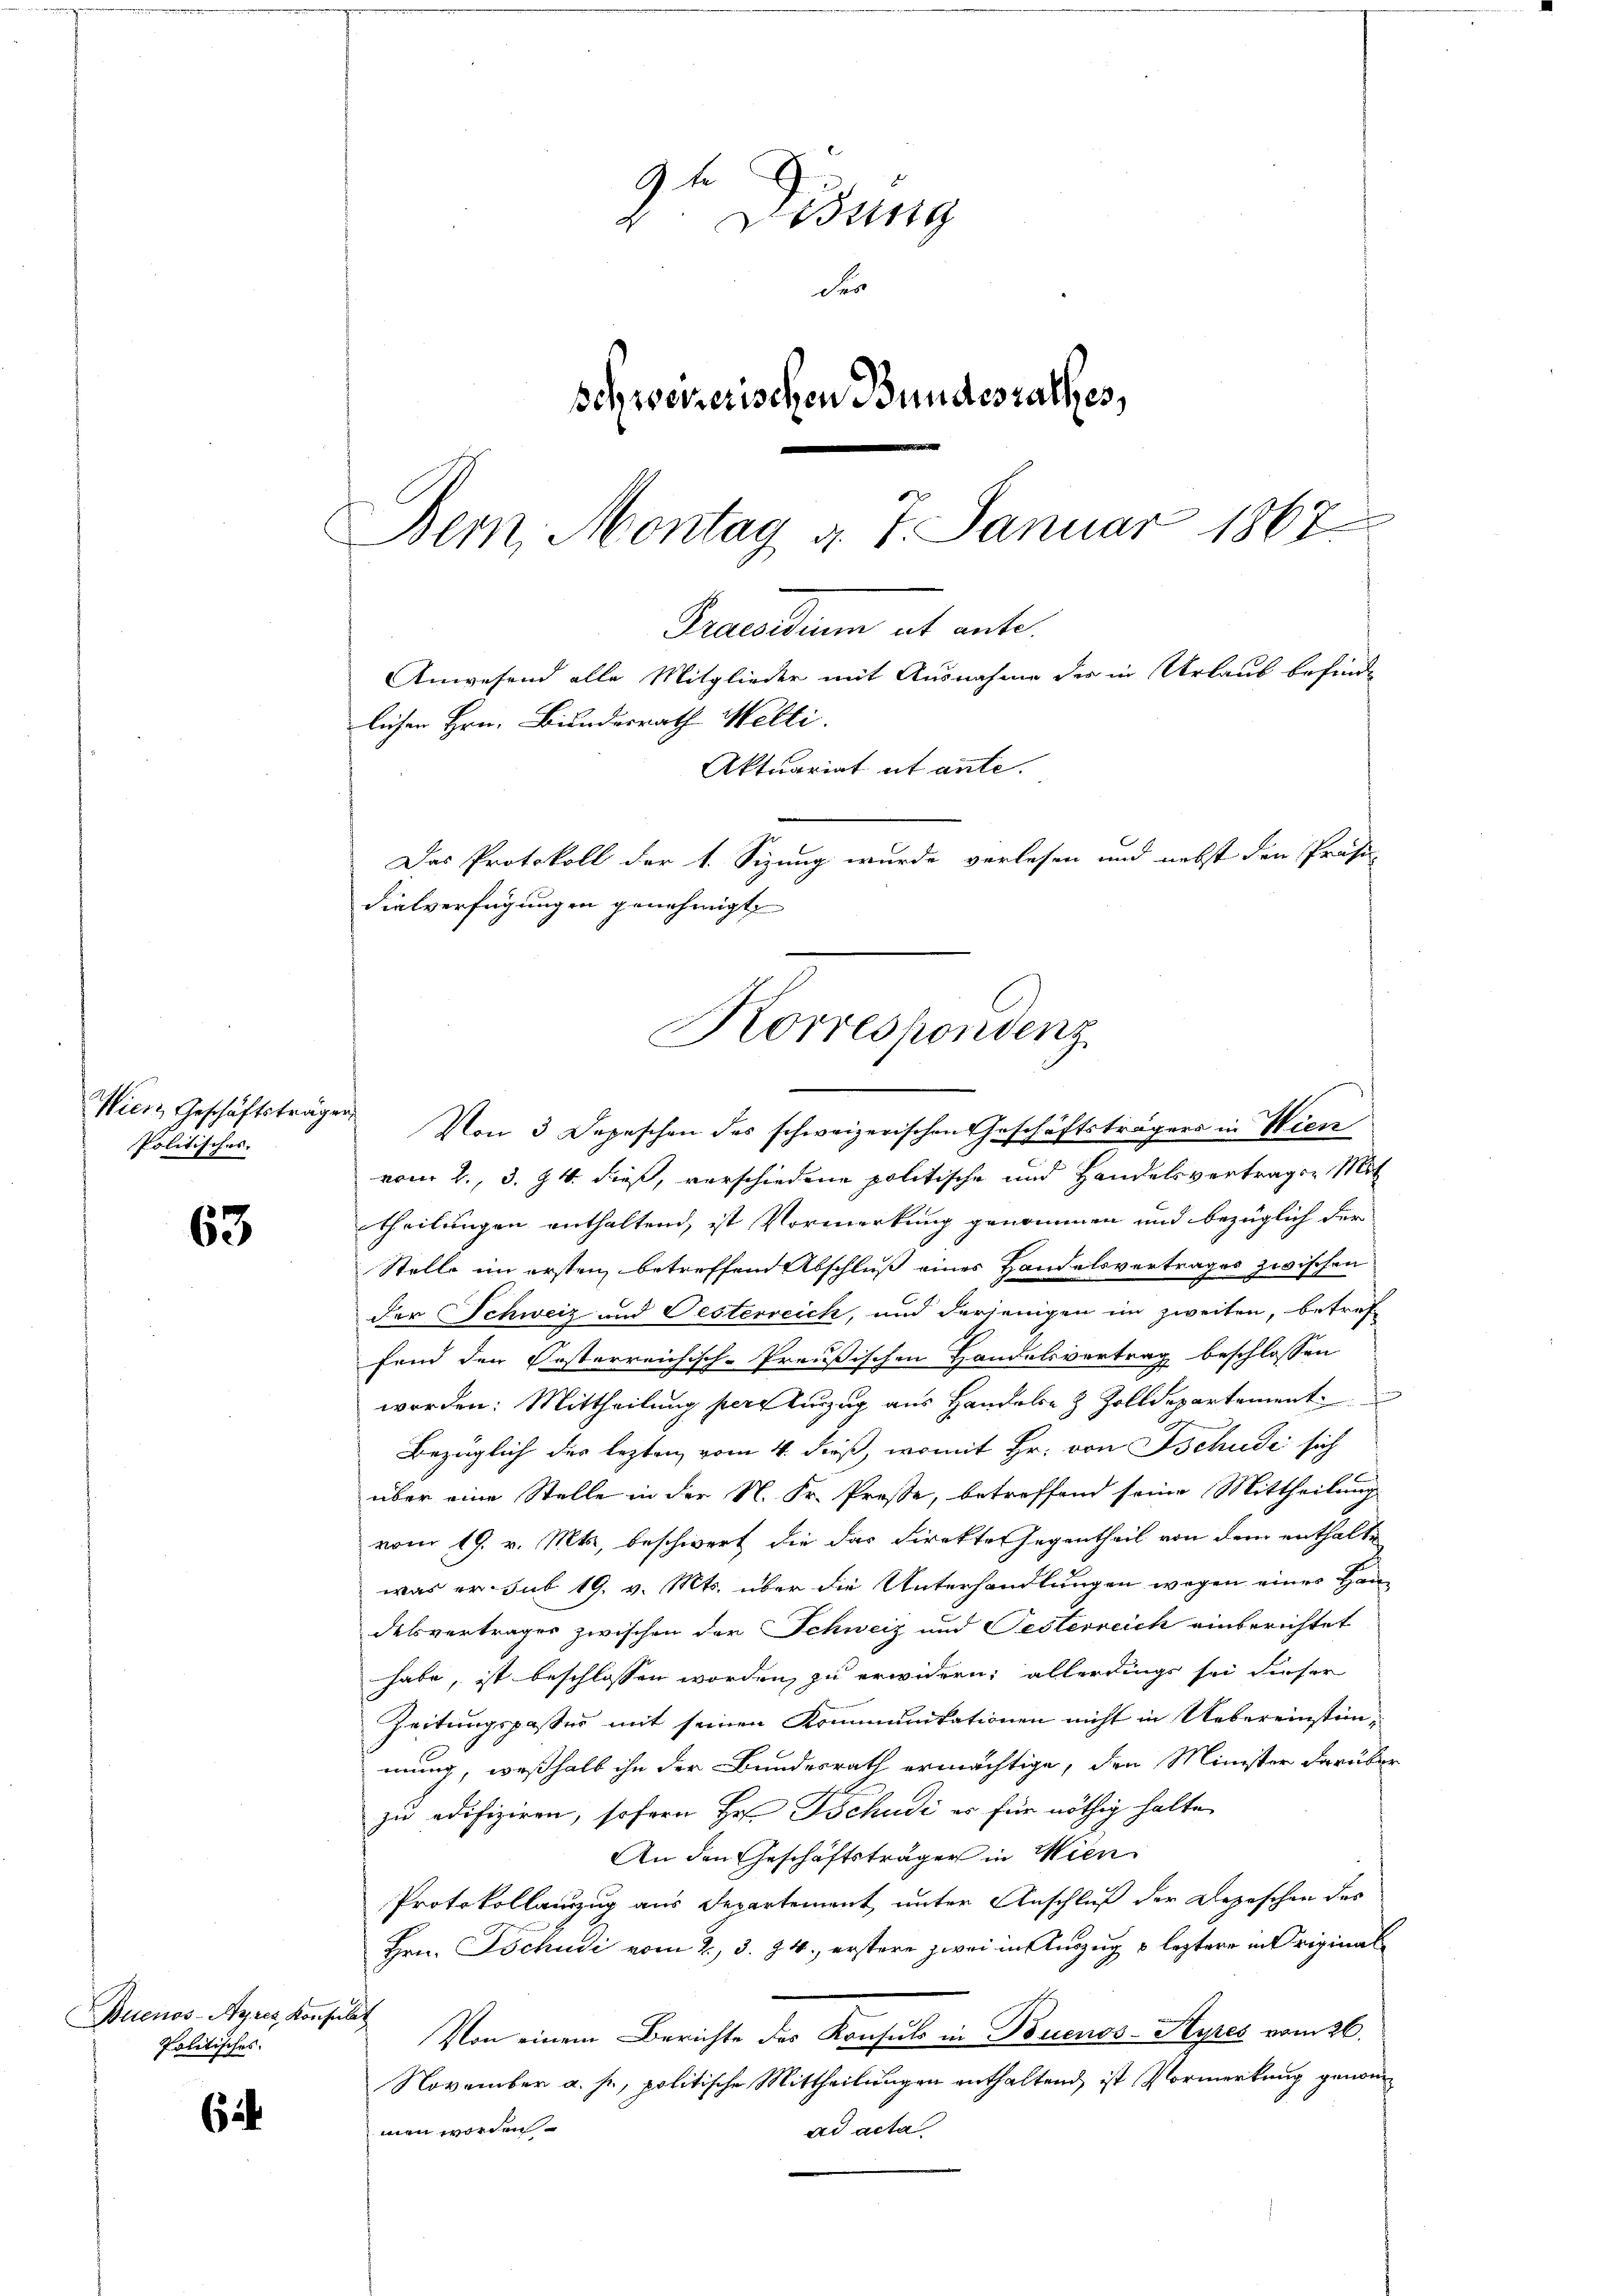
Politisches. |

63

Buenos-Ayres Konsulat
Politisches

6

C.
 Ding
der
schweizerischen Bundesrathes,
Bern, Montag d. 7. Januar 1867

Aktuariat et ante.
Das Protokoll der 1. Sizung wurde verlesen und nebst den Präsi-
dialverfügungen genehmigt
Korrespondenz
.

Praesidium et ante.
Anwesend alle Mitglieder mit Ausnahme des in Urlaub befinde
lichen Hrn. Bundesrath Welti.

Wien, Geschäftsträgen Von 3 Depeschen des schweizerischen Geschäftsträgers in Wien
vom 2., 3. 4. dieß, verschiedene politische und Handelsvertragen Mit
theilungen enthaltend, ist Vormerkung genommen und bezüglich der
Stelle im ersten betreffend Abschluß eines Handelsvertrages zwischen
der Schweiz und Pesterreich, und derjenigen im zweiten, betreffend den Orsterreichisch-Preußischen Handelsvertrag beschlossen
worden: Mittheilung pere Einzug aus Handels- & Zolldepartement
Bezüglich des lezten vom 4. dieß, womit Hr. von Tschudi sich
über eine Stelle in der N. Fr. Presse, betreffend seine Mittheilung
vom 19. v. Mts., beschwert die das Direktes Gegentheil von dem enthalte
was er sub 19. v. Mts. über die Unterhandlungen wegen einer Handelsvertrages zwischen der Schweiz und Pesterreich einberichtet
habe, ist beschlossen worden, zu erwidern; allerdings sei dieser
Zeitungspasses mit seinen Kommunikationen nicht in Uebereinstänmung, weßhalb ihn der Bundesrath ermächtige, den Minister darüber
zu edifiziren, sofern Hr. Tschudi er für nöthig halte
An den Geschäftsträger in Wien
Protokollanzug aus Departement unter Anschluß der Depeschen des
Hrn. Tschudi vom 2. 3. 84. erstere zwei in Auszug & leztere in Original¬
Von einem Berichte des Konsuls in Buenos-Ayres vom 26.
November a. p., politische Mittheilungen enthaltend, ist Vormerkung genom-
men worden.
ad acta